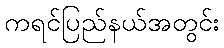
ကရင်ပြည်နယ်အတွင်း